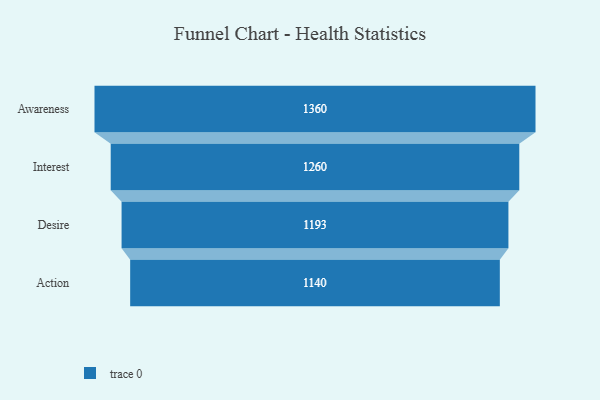
{"axis": {"x": "Stage", "y": "Value"}, "legend": [""], "data": [{"x": "Awareness", "y": 1360.0, "type": ""}, {"x": "Interest", "y": 1260.0, "type": ""}, {"x": "Desire", "y": 1193.0, "type": ""}, {"x": "Action", "y": 1140.0, "type": ""}]}